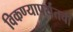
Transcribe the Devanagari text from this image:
विकण्यापर्यंतची